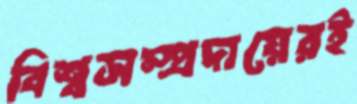
বিশ্বসম্প্রদায়েরই